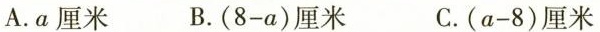
A.α厘米 B. $$( 8 - a )$$ 厘米 C. $$( a - 8 )$$ 厘米